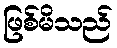
ဖြစ်မိသည်